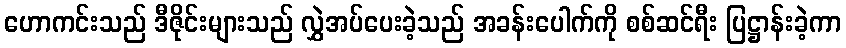
ဟောကင်းသည် ဒီဇိုင်းများသည် လွှဲအပ်ပေးခဲ့သည် အခန်းပေါက်ကို စစ်ဆင်ရီး ပြဋ္ဌာန်းခဲ့ကာ